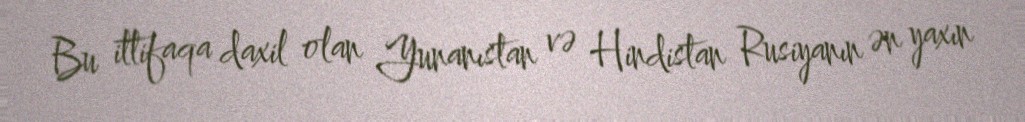
Bu ittifaqa daxil olan Yunanıstan və Hindistan Rusiyanın ən yaxın